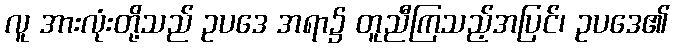
လူ အားလုံးတို့သည် ဥပဒေ အရာ၌ တူညီကြသည့်အပြင်၊ ဥပဒေ၏